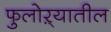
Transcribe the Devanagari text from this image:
फुलोऱ्यातील